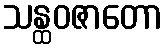
သန္ထဝဇာတော